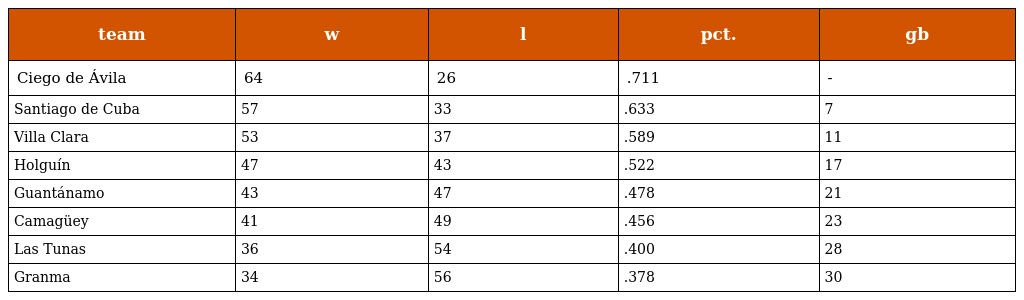
| team | w | l | pct. | gb |
 | --- | --- | --- | --- | --- |
 | Ciego de Ávila | 64 | 26 | .711 | - |
 | Santiago de Cuba | 57 | 33 | .633 | 7 |
 | Villa Clara | 53 | 37 | .589 | 11 |
 | Holguín | 47 | 43 | .522 | 17 |
 | Guantánamo | 43 | 47 | .478 | 21 |
 | Camagüey | 41 | 49 | .456 | 23 |
 | Las Tunas | 36 | 54 | .400 | 28 |
 | Granma | 34 | 56 | .378 | 30 |